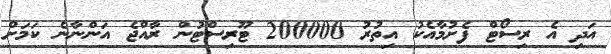
އަދި އެ ރިސޯޓް ފެށުމާއެކު އިތުރު 200000 ޓޫރިސްޓުން ރާއްޖެ އަންނާނެ ކަމަށް